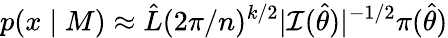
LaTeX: p(x\mid M)\approx{\hat{L}}(2\pi/n)^{k/2}|{\mathcal{I}}({\widehat{\theta}})|^{-1/2}\pi({\widehat{\theta}})